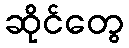
ဆိုင်တွေ